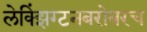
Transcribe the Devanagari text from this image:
लेक्झिंग्टनबरोबरच